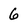
Character: 6